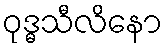
ဝုဒ္ဓသီလိနော